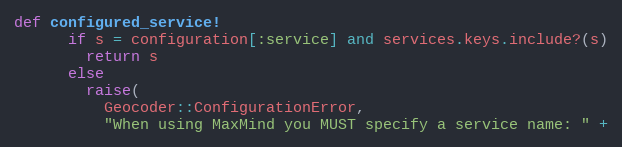
Language: Ruby
def configured_service!
      if s = configuration[:service] and services.keys.include?(s)
        return s
      else
        raise(
          Geocoder::ConfigurationError,
          "When using MaxMind you MUST specify a service name: " +